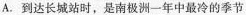
A. 到达长城站时，是南极洲一年中最冷的季节